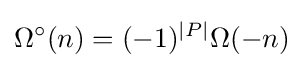
\Omega ^{\circ }(n)=(-1)^{|P|}\Omega (-n)